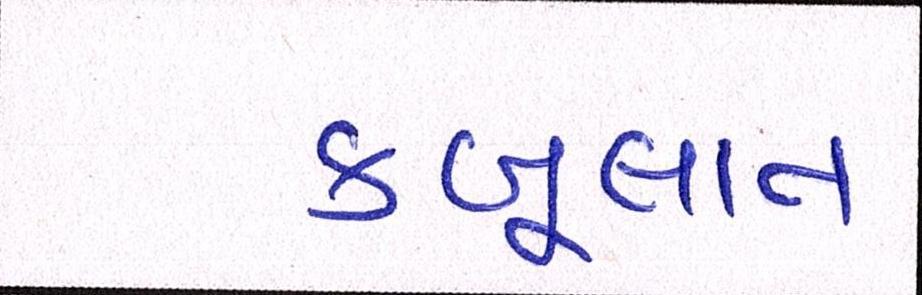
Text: કબૂલાત